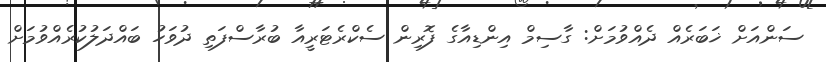
ސަންއަށް ޚަބަރެއް ދެއްވުމަށް: ގާސިމް އިންޑިއާގެ ފޮރިން ސެކްރެޓަރީއާ ބުރާސްފަތި ދުވަހު ބައްދަލުކުރެއްވުމަށް